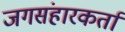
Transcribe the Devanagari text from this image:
जगसंहारकर्ता